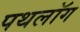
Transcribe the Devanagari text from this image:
पथलॉग